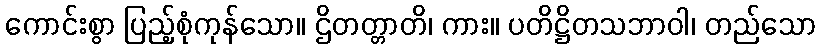
ကောင်းစွာ ပြည့်စုံကုန်သော။ ဌိတတ္တာတိ၊ ကား။ ပတိဋ္ဌိတသဘာဝါ၊ တည်သော